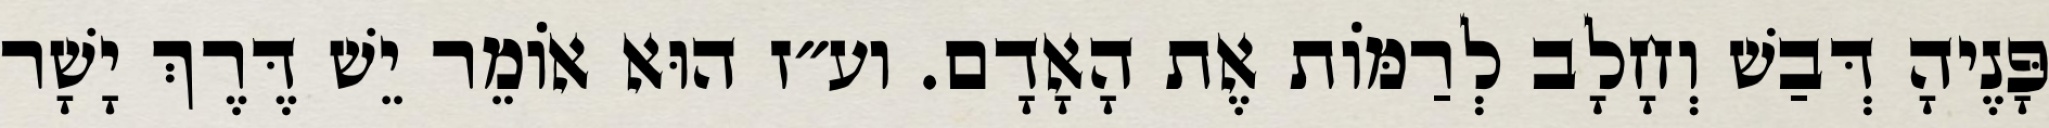
פָּנֶיהָ דְּבַשׁ וְחָלָב לְרַמּוֹת אֶת הָאָדָם. וע״ז הוּא אוֹמֵר יֵשׁ דֶּרֶךְ יָשָׁר